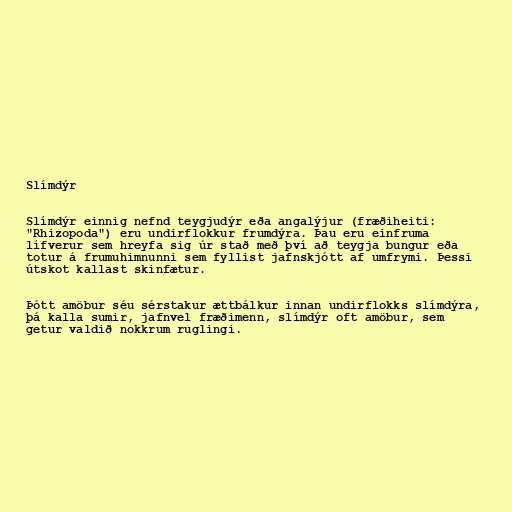
Slímdýr

Slímdýr einnig nefnd teygjudýr eða angalýjur (fræðiheiti:
"Rhizopoda") eru undirflokkur frumdýra. Þau eru einfruma
lífverur sem hreyfa sig úr stað með því að teygja bungur eða
totur á frumuhimnunni sem fyllist jafnskjótt af umfrymi. Þessi
útskot kallast skinfætur.

Þótt amöbur séu sérstakur ættbálkur innan undirflokks slímdýra,
þá kalla sumir, jafnvel fræðimenn, slímdýr oft amöbur, sem
getur valdið nokkrum ruglingi.